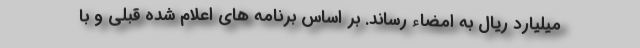
میلیارد ریال به امضاء رساند. بر اساس برنامه های اعلام شده قبلی و با